system: You are a helpful assistant.
user:
Analyze the provided spectrum to determine if it is a **M-type Giant (gM)**.

A M-type Giant spectrum is defined by its **strong molecular absorption** features, particularly from **Titanium Oxide (TiO)**. You must check for one of the following mutually exclusive signatures:

- **Key Visual Indicators (Absorption-Dominated Spectrum):**

    - **(Primary):** The spectrum is dominated by strong molecular absorption from **Titanium Oxide (TiO)**. This is the **defining feature** of its M-type temperature class.
        - **(Key Bandheads):** Look for sharp, "saw-tooth" absorption valleys. The strongest are located near **~7050 Å**, **~6160 Å**, and **~5170 Å**.
        - **(Line Profile):** The "saw-tooth" morphology is critical: a **sharp, steep drop on the BLUE (short-wavelength) side** of the bandhead, followed by a gradual recovery (rising flux) towards the RED (long-wavelength) side.

    - **(Key Confirmation - Giant vs. Dwarf):** **ABSENCE** of strong **Calcium Hydride (CaH)** molecular bands. This is the primary diagnostic for *excluding* M-dwarfs.
        - **(Key Region):** The spectrum should lack the strong, broad absorption band seen in dwarfs between **~6800 Å and ~7000 Å**.

    - **(Secondary Confirmation - Giant):** A very strong and broad **Neutral Calcium (Ca I)** atomic absorption line.
        - **(Key Line):** Located at **~4226 Å**. In a giant (gM), this line is significantly deeper and broader than the same line in an M-dwarf (dM) due to low surface gravity.

    - **(Overall Spectrum):**
        - The continuum is **extremely red-sloping** (i.e., flux is very low in the blue and rises dramatically towards the red).
        - The entire spectrum appears "chopped up" by the deep TiO bands.

Think first, call **spectral_visualization_tool** if needed to examine features in detail, then provide your final answer. Your response must adhere to the following strict rules:
1.  **Overall Structure:** Your response must follow the format `<think>...</think> <tool_call>...</tool_call> (if a tool is used) <answer>...</answer>`.
2.  **Tool Usage Constraint:** You may only make **one** tool call per turn.
3.  **Final Answer Format:** In the `<answer>` tag, your conclusion must be inside a `\boxed{}` command (e.g., `\boxed{YES}` or `\boxed{NO}`), followed by your justification.

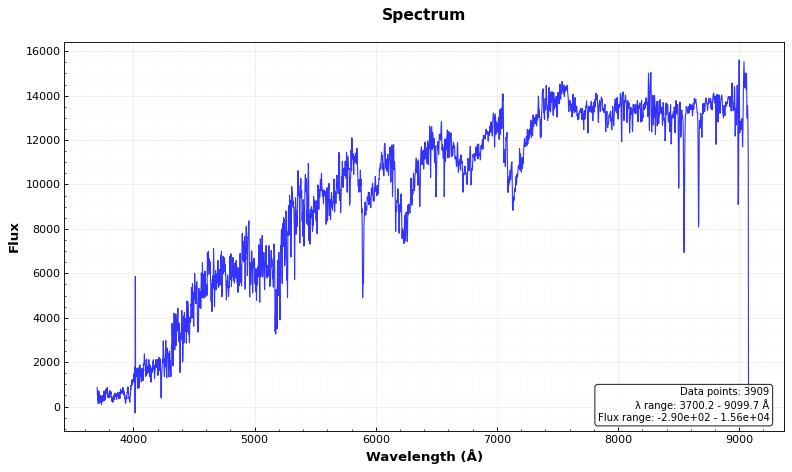
Answer: YES